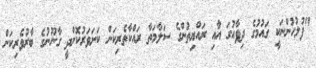
"ފުލުހުންނަކީ ގައުމުގެ ދިފާއުގަ އާއި ރައްޔިތުންގެ ސަލާމަތާ ރައްކާތެރިކަން ކަށަވަރުކޮށްދީ ގާނޫނުގެ ބާރުވެރިކަން